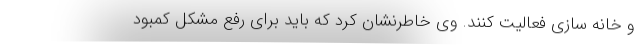
و خانه سازی فعالیت کنند. وی خاطرنشان کرد که باید برای رفع مشکل کمبود